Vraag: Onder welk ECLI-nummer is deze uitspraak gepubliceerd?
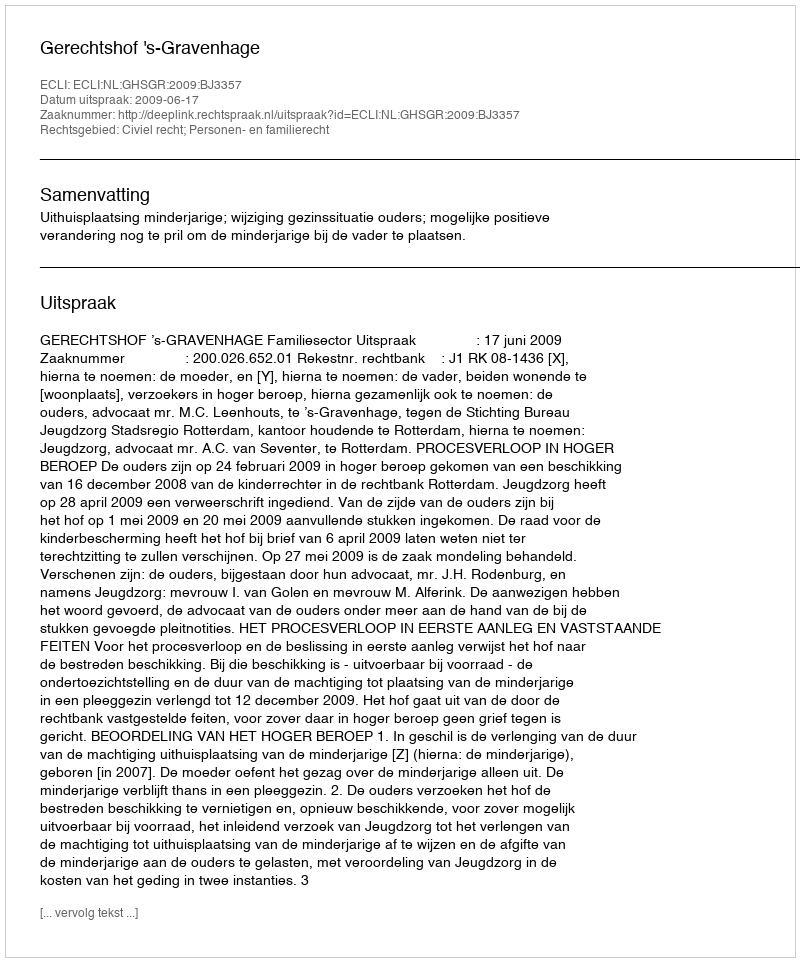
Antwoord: ECLI:NL:GHSGR:2009:BJ3357